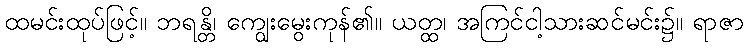
ထမင်းထုပ်ဖြင့်။ ဘရန္တိ၊ ကျွေးမွေးကုန်၏။ ယတ္ထ၊ အကြင်ငါ့သားဆင်မင်း၌။ ရာဇာ